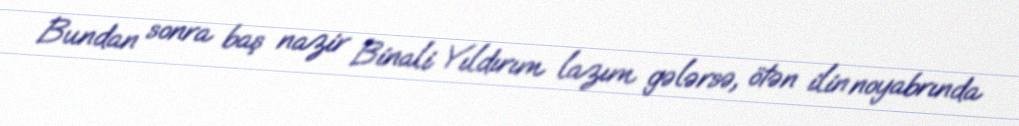
Bundan sonra baş nazir Binali Yıldırım lazım gələrsə, ötən ilin noyabrında